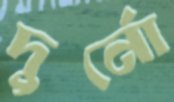
দুর্নো